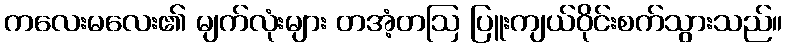
ကလေးမလေး၏ မျက်လုံးများ တအံ့တဩ ပြူးကျယ်ဝိုင်းစက်သွားသည်။